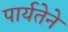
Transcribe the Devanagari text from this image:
पार्यतेने